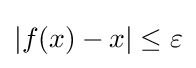
|f(x)-x|\leq \varepsilon